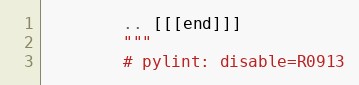
Language: Python
        .. [[[end]]]
        """
        # pylint: disable=R0913